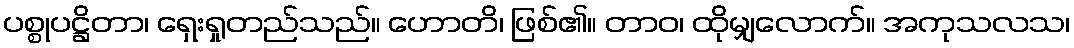
ပစ္စုပဋ္ဌိတာ၊ ရှေးရှုတည်သည်။ ဟောတိ၊ ဖြစ်၏။ တာဝ၊ ထိုမျှလောက်။ အကုသလသ၊